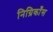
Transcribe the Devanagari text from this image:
निग्रिकाँस